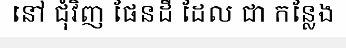
នៅ ជុំវិញ ផែនដី ដែល ជា កន្លែង